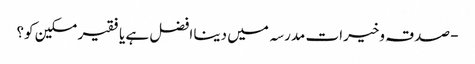
- صدقہ وخیرات مدرسہ میں دینا افضل ہے یا فقیر مسکین کو؟